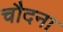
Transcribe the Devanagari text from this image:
चौदना